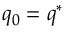
q _ { 0 } = q ^ { * }